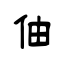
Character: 伷